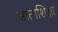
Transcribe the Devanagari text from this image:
आत्मशिक्षा